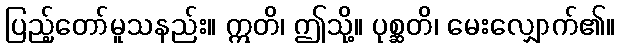
ပြည့်တော်မူသနည်း။ ဣတိ၊ ဤသို့။ ပုစ္ဆတိ၊ မေးလျှောက်၏။